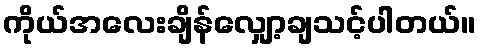
ကိုယ်အလေးချိန်လျှော့ချသင့်ပါတယ်။